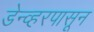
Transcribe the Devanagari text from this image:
डेन्व्हरपासून